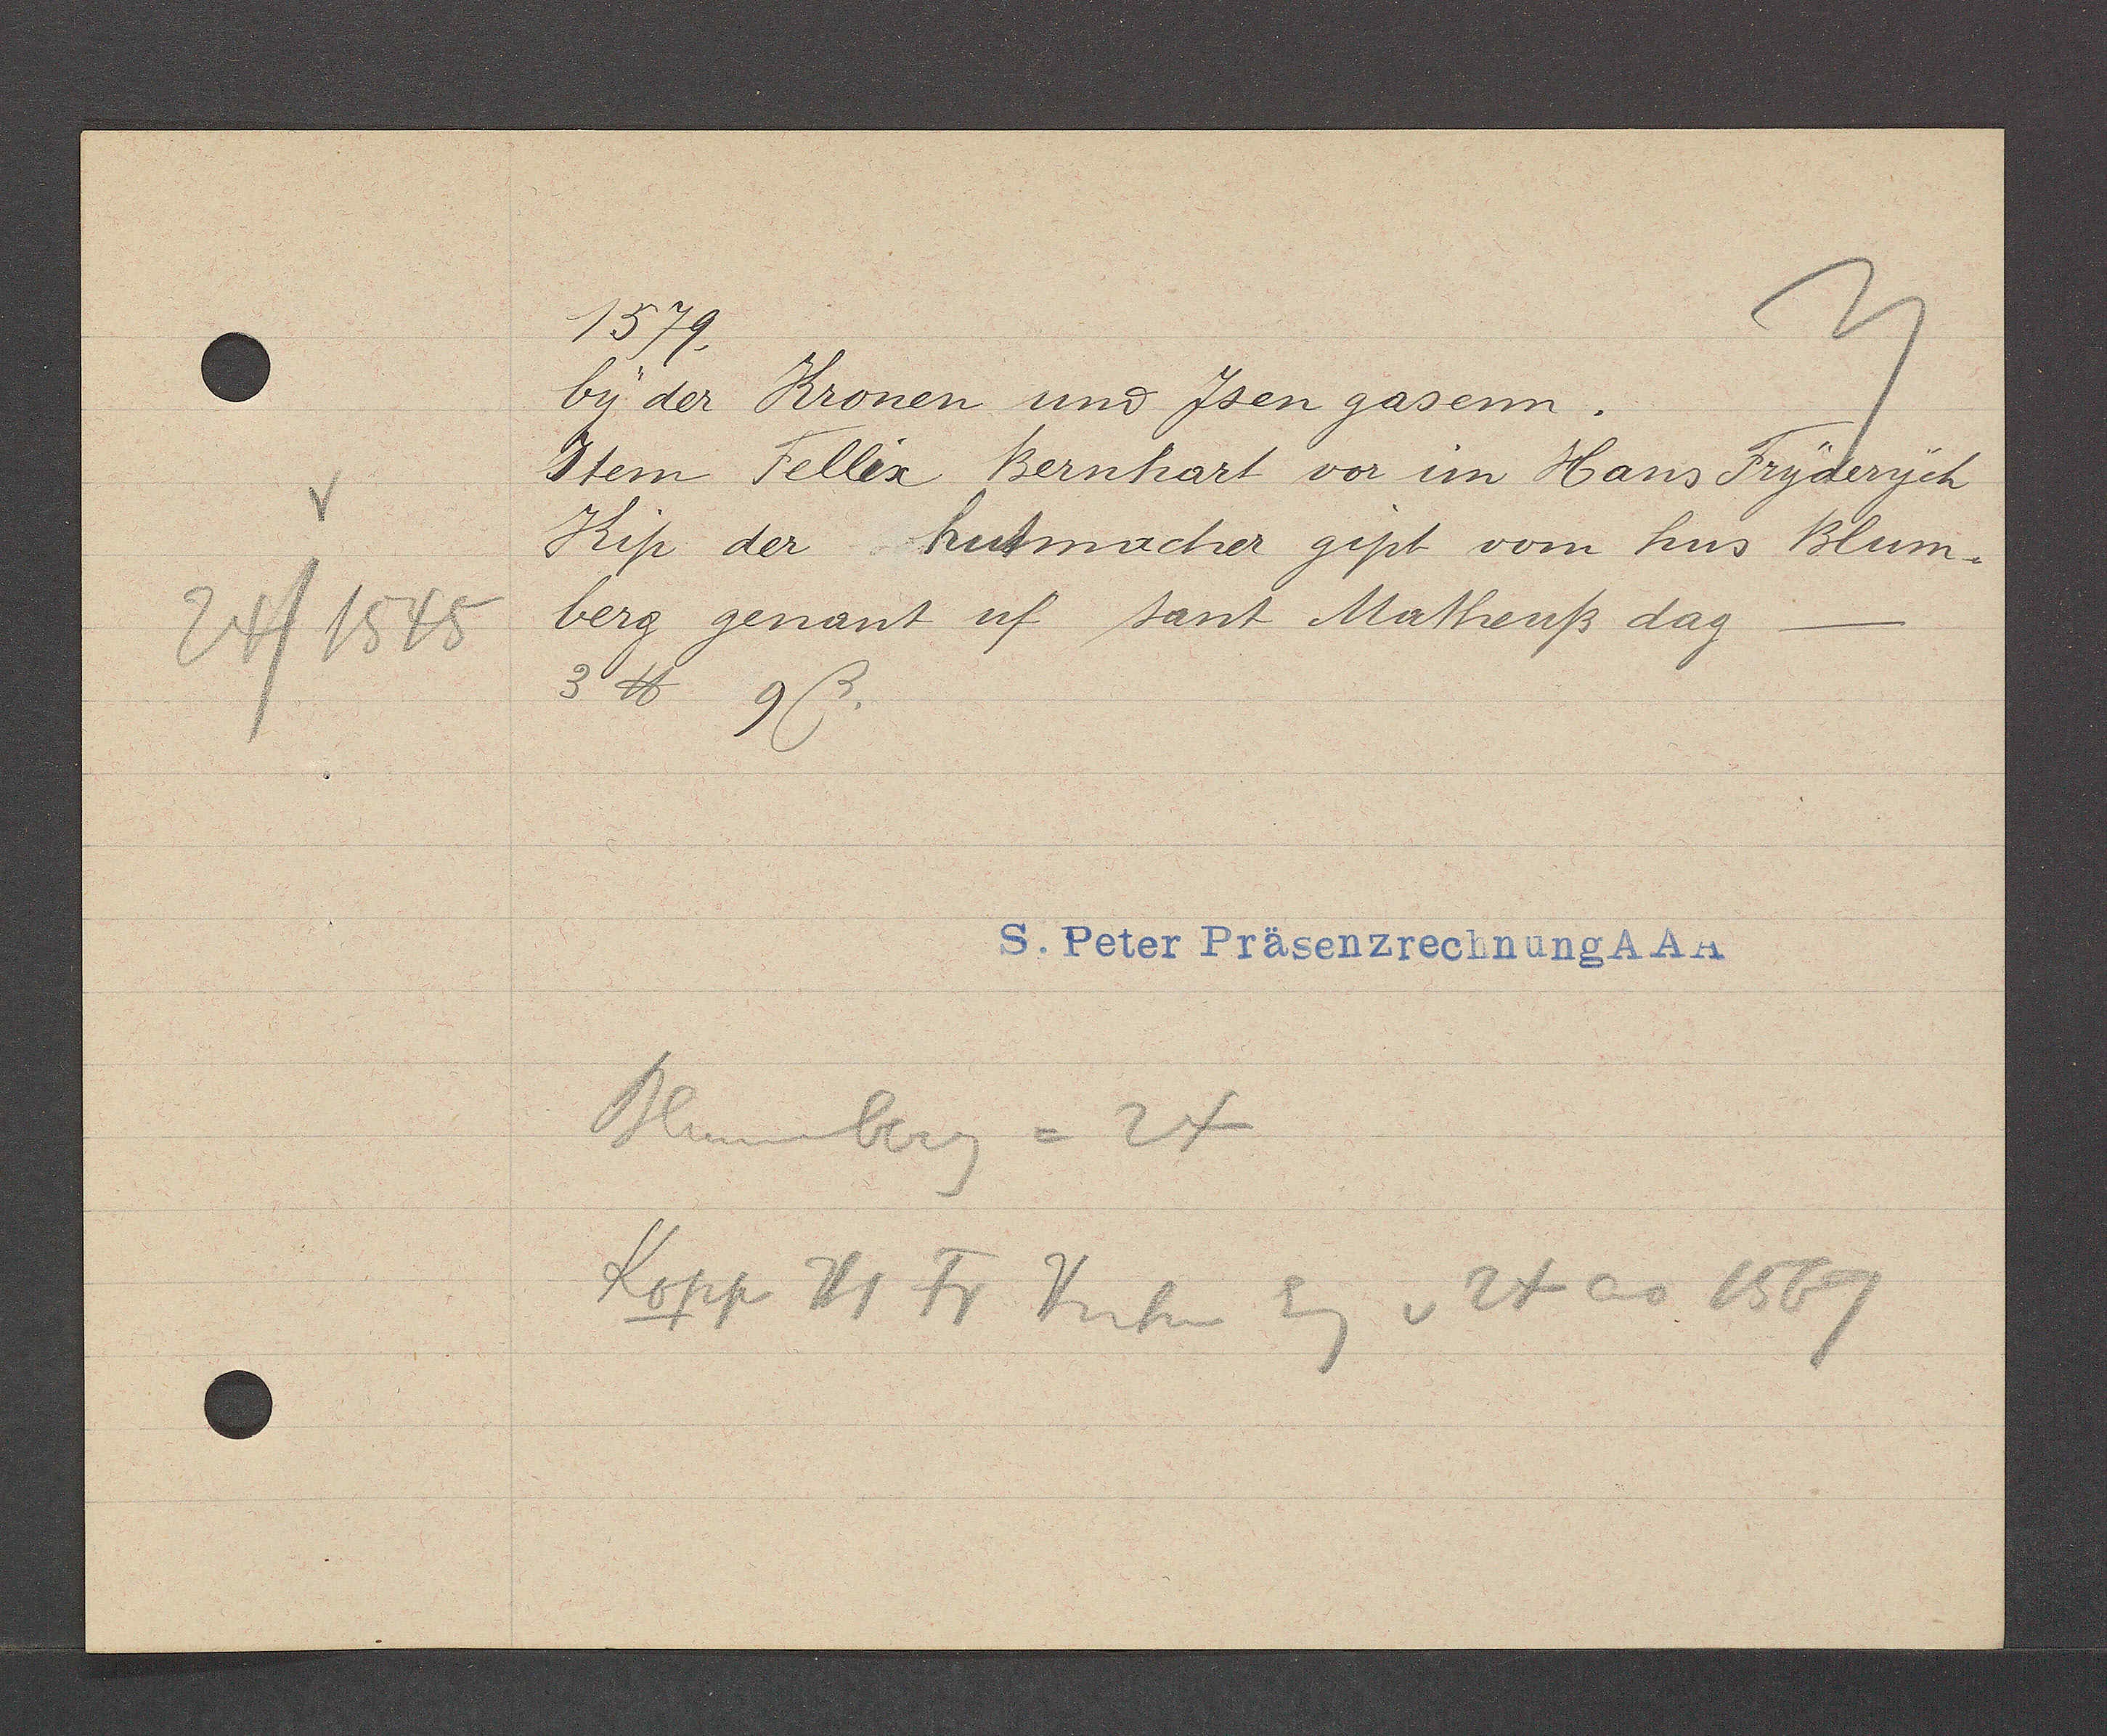
Transcript:
24/ 1545

1579
by der Kronen und Jsen gasenn.
Item Fellix Bernhart vor im Hans Fryderych
Kip der hutmacher gipt vom hus Blum¬
berg genant uf sant Matheuß dag
3 ℔ 9 ß
Bluemberg = 24
Kopp Hs Fr Hutm Eg v 24 ao 1569